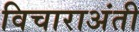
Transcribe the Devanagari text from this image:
विचाराअंती